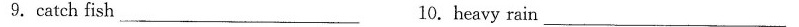
9.catch fish___ 10. heavy rain___